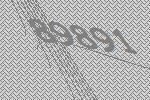
89891